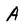
Character: A